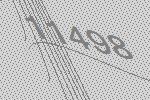
11498